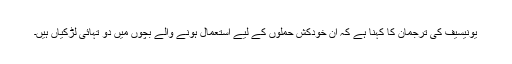
یونیسیف کی ترجمان کا کہنا ہے کہ ان خودکش حملوں کے لیے استعمال ہونے والے بچوں میں دو تہائی لڑکیاں ہیں۔